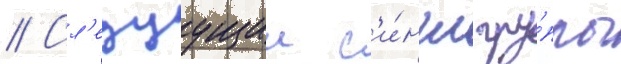
// Сл'едуущии с'и́нгл гру́ппы